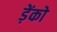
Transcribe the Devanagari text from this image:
ड़ेंको